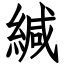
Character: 緘